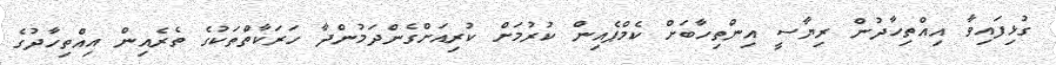
ގުޅިފައިވާ އިއްތިހާދުން ރިޔާސީ އިންތިހާބަށް ކެމްޕެއިން ކުރުމަށް ކުރިއަށްގެންދަމުންދާ ހަރަކާތްތަކުގެ ތެރެއިން އިއްތިހާދުގެ